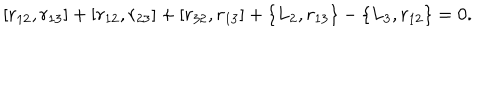
[ r _ { 1 2 } , r _ { 1 3 } ] + [ r _ { 1 2 } , r _ { 2 3 } ] + [ r _ { 3 2 } , r _ { 1 3 } ] + \{ L _ { 2 } , r _ { 1 3 } \} - \{ L _ { 3 } , r _ { 1 2 } \} = 0 .